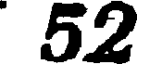
52